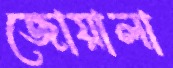
জোয়ালা